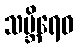
သမ္ဘိရေဝ